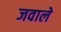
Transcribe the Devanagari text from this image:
जवाले